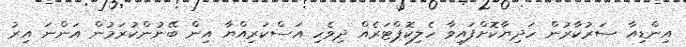
އިންޑިއާ ސަރުކާރުން ހަދިޔާކޮށްފައިވާ ހެލިކޮޕްޓަރެއް ދިވެހި އަސްކަރިއްޔާ އިން ބޭނުންކުރަމުން އަންނަ އިރު